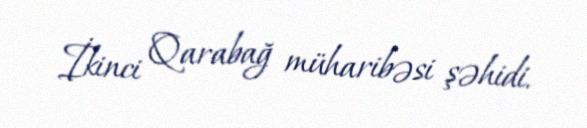
İkinci Qarabağ müharibəsi şəhidi.